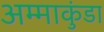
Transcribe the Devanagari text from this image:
अम्माकुंडा